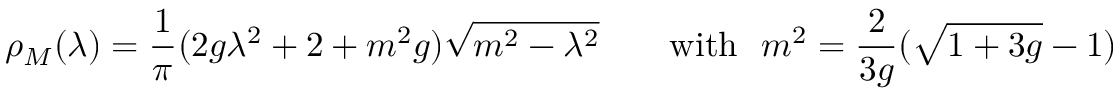
\rho _ { M } ( \lambda ) = \frac { 1 } { \pi } ( 2 g \lambda ^ { 2 } + 2 + m ^ { 2 } g ) \sqrt { m ^ { 2 } - \lambda ^ { 2 } } \ \ \ \ \ \ \mathrm { w i t h } \ \ m ^ { 2 } = \frac { 2 } { 3 g } ( \sqrt { 1 + 3 g } - 1 )